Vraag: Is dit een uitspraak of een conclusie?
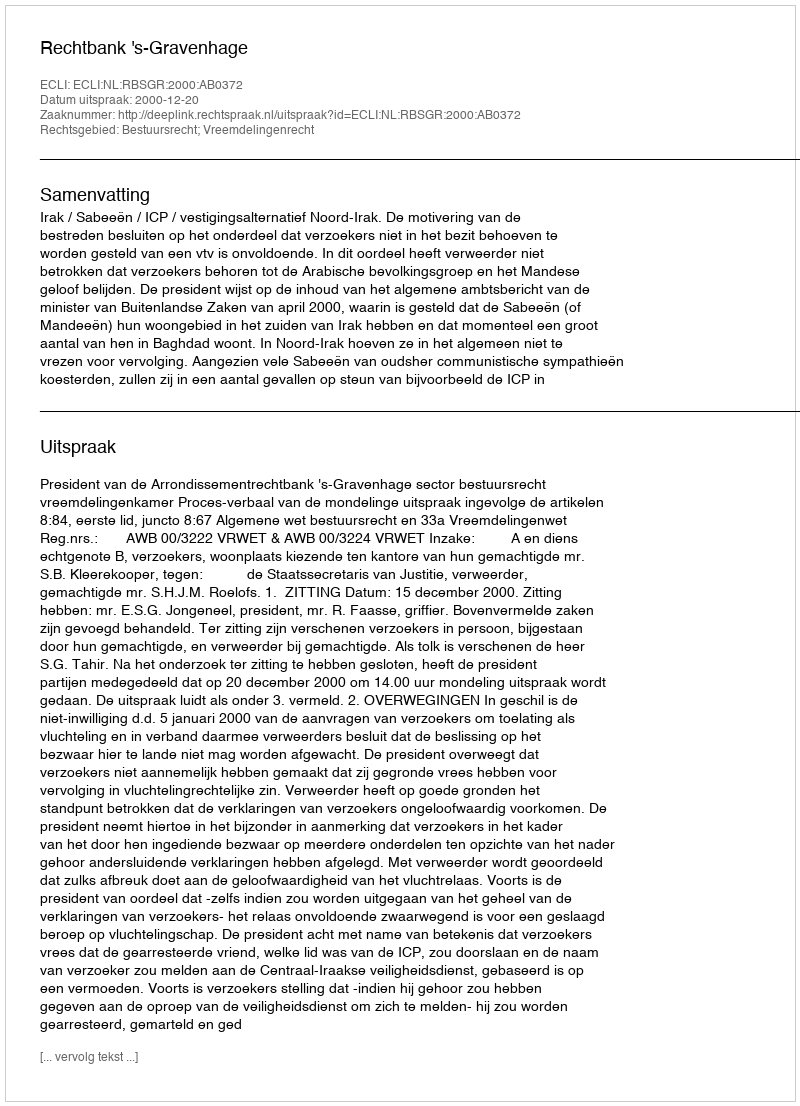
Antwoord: Uitspraak